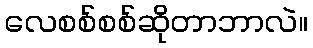
လေစစ်စစ်ဆိုတာဘာလဲ။